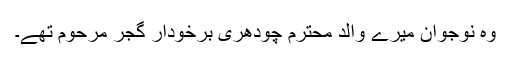
وہ نوجوان میرے والد محترم چودھری برخودار گجر مرحوم تھے۔